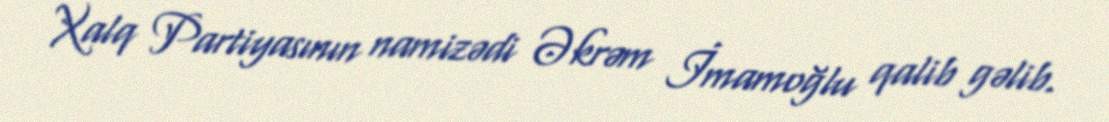
Xalq Partiyasının namizədi Əkrəm İmamoğlu qalib gəlib.